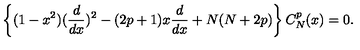
\left\{ ( 1 - x ^ { 2 } ) ( { \frac { d } { d x } } ) ^ { 2 } - ( 2 p + 1 ) x { \frac { d } { d x } } + N ( N + 2 p ) \right\} C _ { N } ^ { p } ( x ) = 0 .